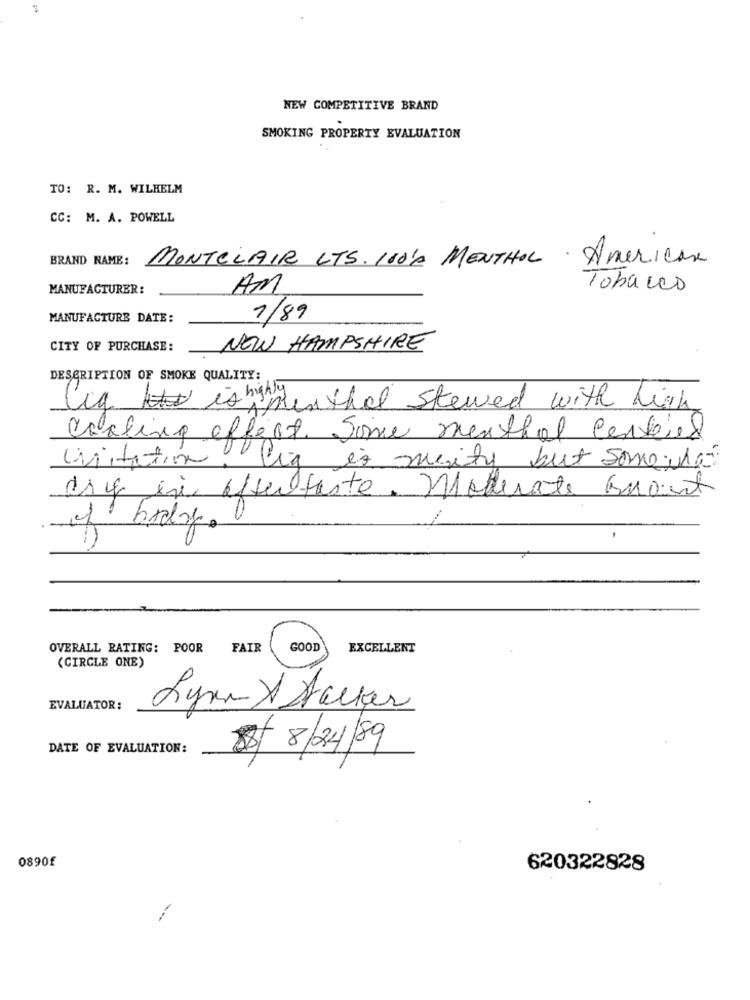
NEW COMPETITIVE BRAND
SMOKING PROPERTY EVALUATION
TO: R. M. WILHELM
CC: M. A. POWELL
BRAND NAME:
MONTCLAIR LTS. 100 A MENTHOL American
MANUFACTURER :
AM
Tobacco
MANUFACTURE DATE:
1/89
CITY OF PURCHASE:
NEW HAMPSHIRE
DESCRIPTION OF SMOKE QUALITY:
Cig is highly
wenthal stewed with high
Cooling effect. Some menthol certiel
irritation
lig is meity but some what
day in effectaste. Moderate amount
of brody.
OVERALL RATING: POOR
FAIR
GOOD
EXCELLENT
(CIRCLE ONE)
EVALUATOR:
Lynn X Hacker
DATE OF EVALUATION:
$ 8/24/89
0890£
620322828